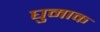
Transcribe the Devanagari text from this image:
घुमाक